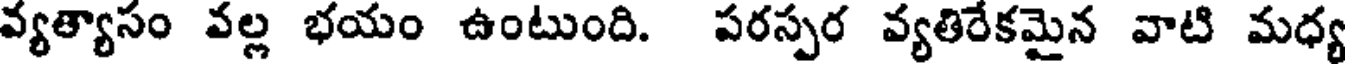
వ్యత్యాసం వల్ల భయం ఉంటుంది. పరస్పర వ్యతిరేకమైన వాటి మధ్య